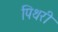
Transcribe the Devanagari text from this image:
पिथरी